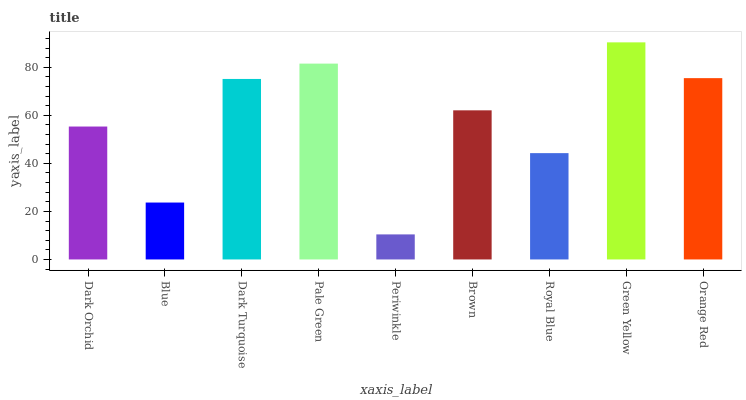
| xaxis_label | bars |
 | --- | --- |
 | Dark Orchid | 55.3 |
 | Blue | 23.7 |
 | Dark Turquoise | 75.1 |
 | Pale Green | 81.5 |
 | Periwinkle | 10.4 |
 | Brown | 62.1 |
 | Royal Blue | 44.3 |
 | Green Yellow | 90.4 |
 | Orange Red | 75.5 |